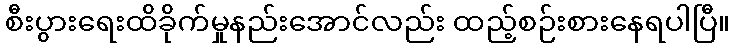
စီးပွားရေးထိခိုက်မှုနည်းအောင်လည်း ထည့်စဉ်းစားနေရပါပြီ။